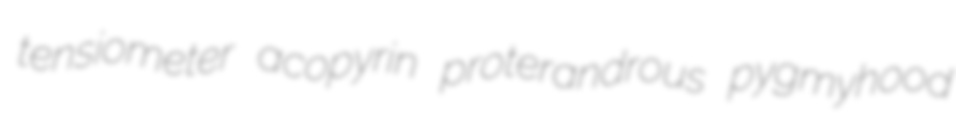
tensiometer acopyrin proterandrous pygmyhood